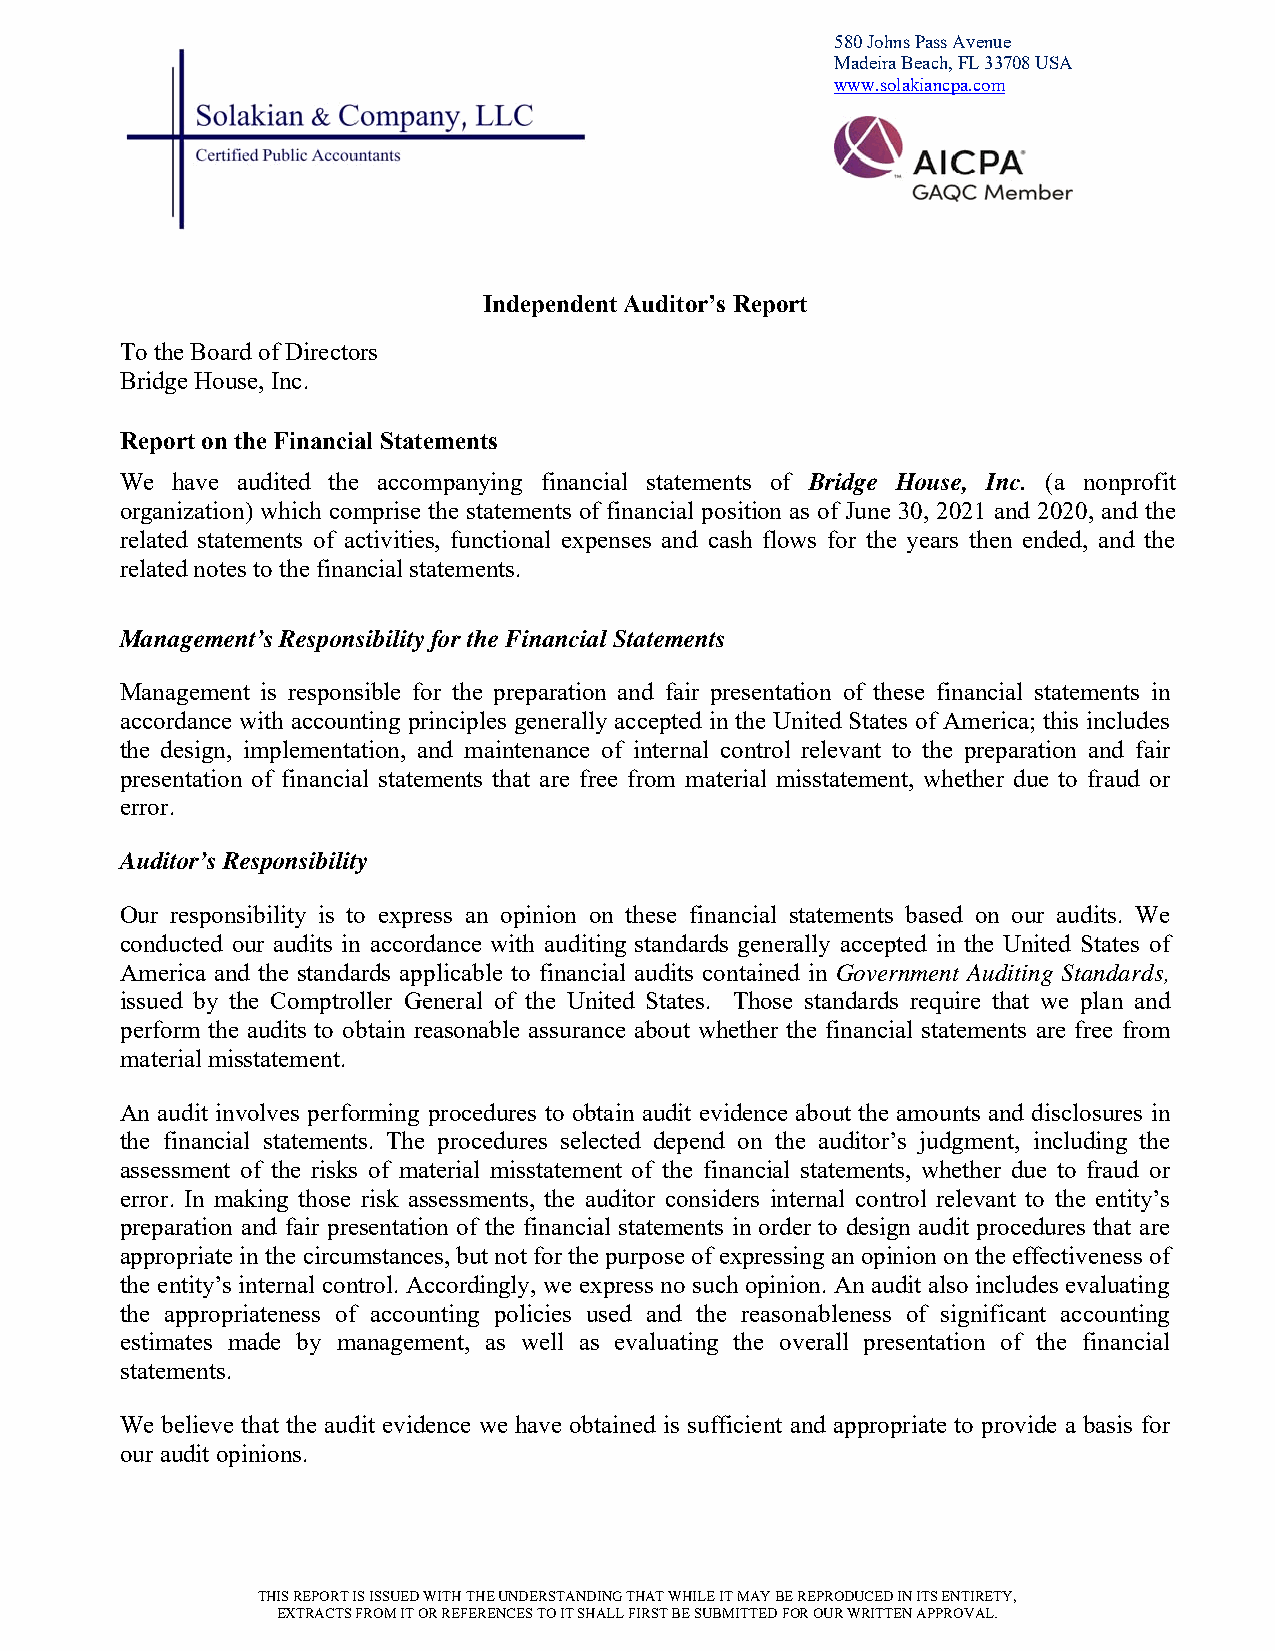
580 Johns Pass Avenue
 Madeira Beach, FL 33708 USA
 www.solakiancpa.com
 Independent Auditor’s Report
 To the Board of Directors
 Bridge House, Inc.
 Report on the Financial Statements
 We have audited the accompanying financial statements of Bridge House, Inc. (a nonprofit
 organization) which comprise the statements of financial position as of June 30, 2021 and 2020, and the
 related statements of activities, functional expenses and cash flows for the years then ended, and the
 related notes to the financial statements.
 Management’s Responsibility for the Financial Statements
 Management is responsible for the preparation and fair presentation of these financial statements in
 accordance with accounting principles generally accepted in the United States of America; this includes
 the design, implementation, and maintenance of internal control relevant to the preparation and fair
 presentation of financial statements that are free from material misstatement, whether due to fraud or
 error.
 Auditor’s Responsibility
 Our responsibility is to express an opinion on these financial statements based on our audits. We
 conducted our audits in accordance with auditing standards generally accepted in the United States of
 America and the standards applicable to financial audits contained in Government Auditing Standards,
 issued by the Comptroller General of the United States. Those standards require that we plan and
 perform the audits to obtain reasonable assurance about whether the financial statements are free from
 material misstatement.
 An audit involves performing procedures to obtain audit evidence about the amounts and disclosures in
 the financial statements. The procedures selected depend on the auditor’s judgment, including the
 assessment of the risks of material misstatement of the financial statements, whether due to fraud or
 error. In making those risk assessments, the auditor considers internal control relevant to the entity’s
 preparation and fair presentation of the financial statements in order to design audit procedures that are
 appropriate in the circumstances, but not for the purpose of expressing an opinion on the effectiveness of
 the entity’s internal control. Accordingly, we express no such opinion. An audit also includes evaluating
 the appropriateness of accounting policies used and the reasonableness of significant accounting
 estimates made by management, as well as evaluating the overall presentation of the financial
 statements.
 We believe that the audit evidence we have obtained is sufficient and appropriate to provide a basis for
 our audit opinions.
 THIS REPORT IS ISSUED WITH THE UNDERSTANDING THAT WHILE IT MAY BE REPRODUCED IN ITS ENTIRETY,
 EXTRACTS FROM IT OR REFERENCES TO IT SHALL FIRST BE SUBMITTED FOR OUR WRITTEN APPROVAL.